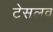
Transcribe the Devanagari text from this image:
ट्रेसलव